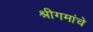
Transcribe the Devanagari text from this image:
श्रीगमांचे